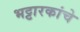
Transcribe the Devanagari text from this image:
भट्टारकांचे